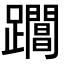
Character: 𨇡